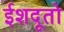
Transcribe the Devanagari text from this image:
ईशदूतो